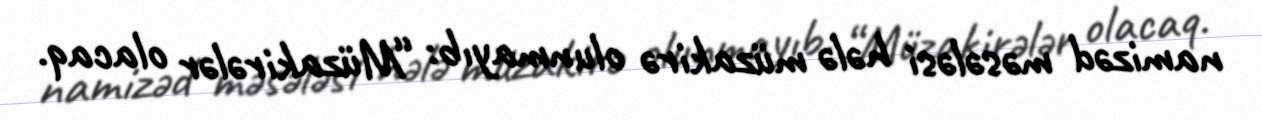
namizəd məsələsi hələ müzakirə olunmayıb: “Müzakirələr olacaq.